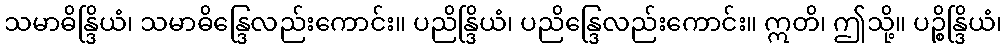
သမာဓိန္ဒြိယံ၊ သမာဓိန္ဒြေလည်းကောင်း။ ပညိန္ဒြိယံ၊ ပညိန္ဒြေလည်းကောင်း။ ဣတိ၊ ဤသို့။ ပဉ္စိန္ဒြိယံ၊